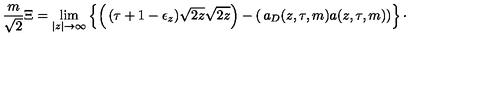
{ \frac { m } { \sqrt { 2 } } } \Xi = \lim _ { | z | \rightarrow \infty } \left\lbrace \left( \begin{matrix} { ( \tau + 1 - \epsilon _ { z } ) \sqrt { 2 z } } \\ { \sqrt { 2 z } } \\ \end{matrix} \right) - \left( \begin{matrix} { a _ { D } ( z , \tau , m ) } \\ { a ( z , \tau , m ) } \\ \end{matrix} \right) \right\rbrace \cdotp